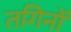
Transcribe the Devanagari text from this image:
तगिनों